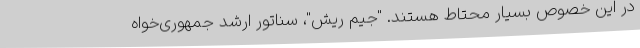
در این خصوص بسیار محتاط هستند. "جیم ریش"، سناتور ارشد جمهوری‌خواه